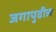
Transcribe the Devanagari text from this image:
जगापुढील